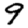
Digit: 9